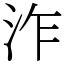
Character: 泎